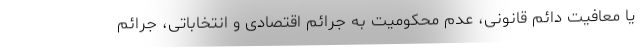
یا معافیت دائم قانونی، عدم محکومیت به جرائم اقتصادی و انتخاباتی، جرائم